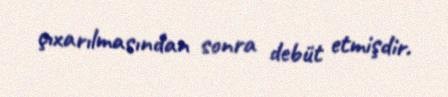
çıxarılmasından sonra debüt etmişdir.